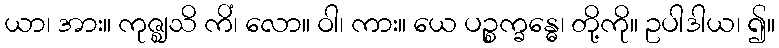
ယာ၊ အား။ ကုဇ္ဈသိ ကိံ၊ လော။ ဝါ၊ ကား။ ယေ ပဉ္စက္ခန္ဓေ၊ တို့ကို။ ဥပါဒါယ၊ ၍။